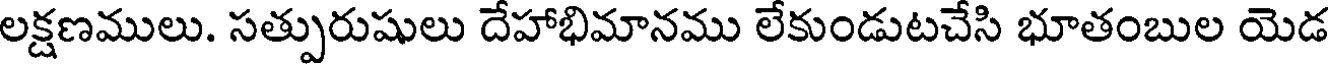
లక్షణములు. సత్పురుషులు దేహాభిమానము లేకుండుటచేసి భూతంబుల యెడ